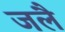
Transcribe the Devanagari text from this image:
जलै